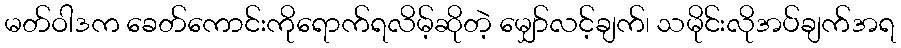
မတ်ဝါဒက ခေတ်ကောင်းကိုရောက်ရလိမ့်ဆိုတဲ့ မျှော်လင့်ချက်၊ သမိုင်းလိုအပ်ချက်အရ